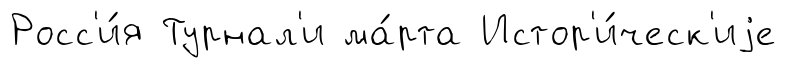
Росс'и́я Турнал'и ма́рта Истор'и́ческ'иjе